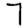
Digit: 7